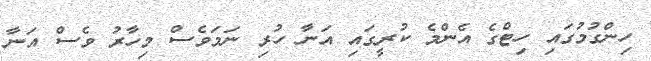
ހިންގުމުގައި ހިޓްގެ އެންމެ ކުރީގައި އަނާ ހުރި ނަމަވެސް މިހާރު ވެސް އަނާ